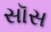
સૉસ